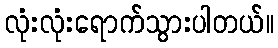
လုံးလုံးရောက်သွားပါတယ်။